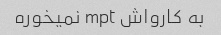
به کارواش mpt نمیخوره